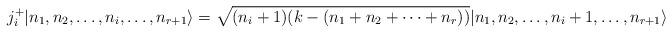
LaTeX: \begin{align*} j^+_i \vert n_1, n_2,\dots, n_i,\dots, n_{r+1}\rangle = \sqrt{(n_i+1)(k - (n_1+n_2+\cdots+n_{r}))} \vert n_1, n_2,\dots,n_i+1 ,\dots,n_{r+1}\rangle\end{align*}